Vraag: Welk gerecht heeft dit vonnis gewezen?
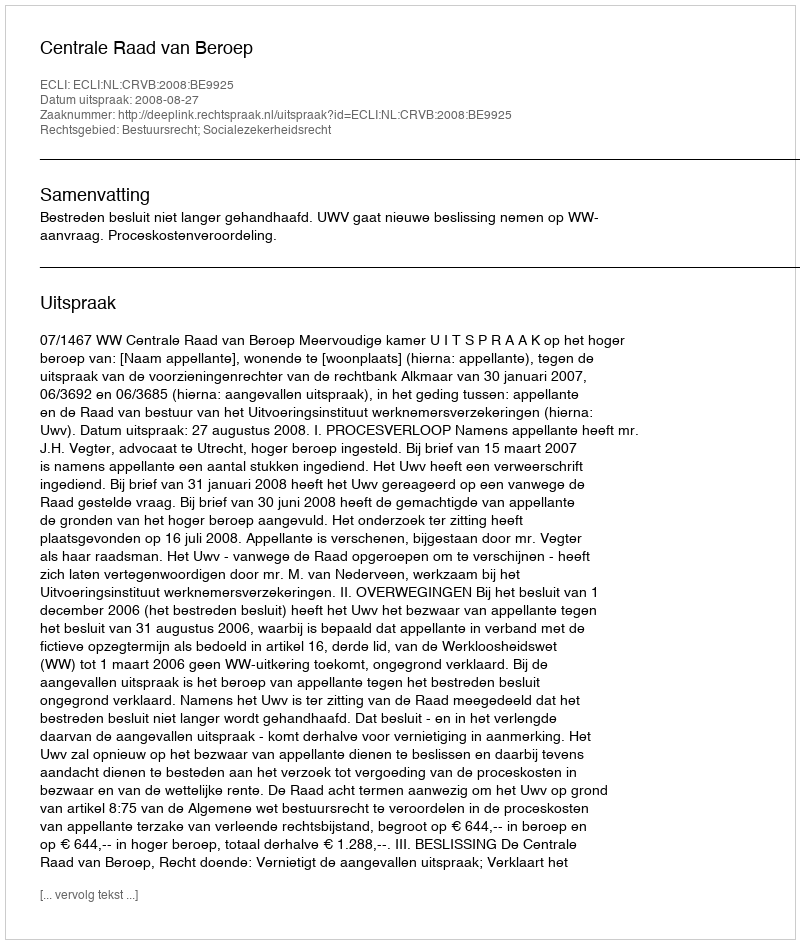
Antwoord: Centrale Raad van Beroep